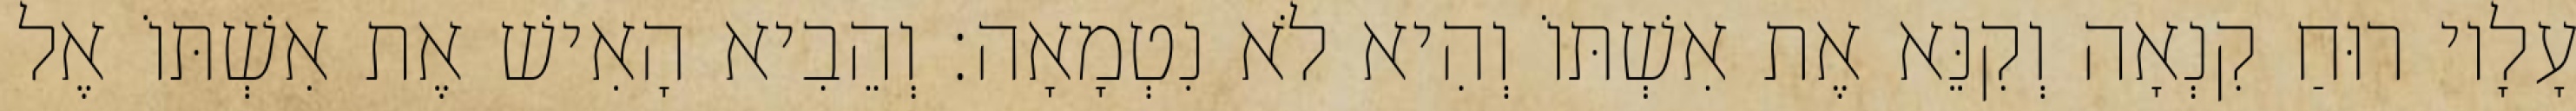
עָלָיו רוּחַ קִנְאָה וְקִנֵּא אֶת אִשְׁתּוֹ וְהִיא לֹא נִטְמָאָה׃ וְהֵבִיא הָאִישׁ אֶת אִשְׁתּוֹ אֶל